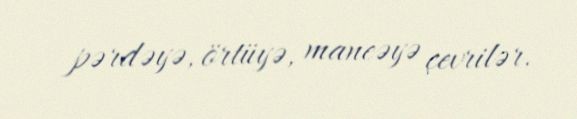
pərdəyə, örtüyə, maneəyə çevrilər.